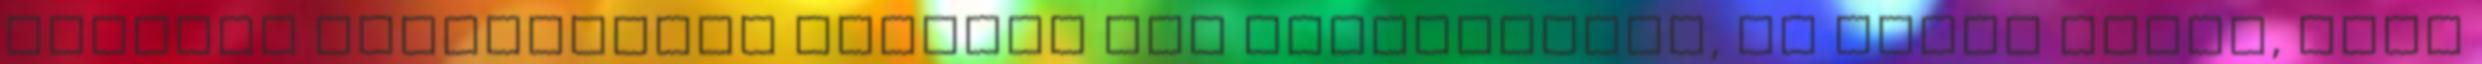
korábbi eseményeket verselt meg Nostradamus, és miért hitte, hogy